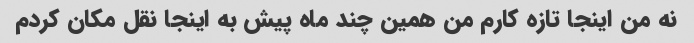
نه من اینجا تازه کارم من همین چند ماه پیش به اینجا نقل مکان کردم